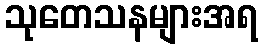
သုတေသနများအရ